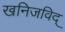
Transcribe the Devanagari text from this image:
खनिजविद्